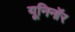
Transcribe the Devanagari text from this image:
यूनिनॉर